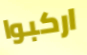
اركبوا